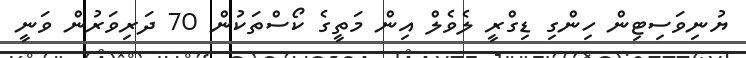
ޔުނިވަސިޓިން ހިންގި ޑިގްރީ ލެވެލް އިން މަތީގެ ކޯސްތަކުން 70 ދަރިވަރުން ވަނީ